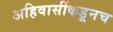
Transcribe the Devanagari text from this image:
अहिवासींकडूनच